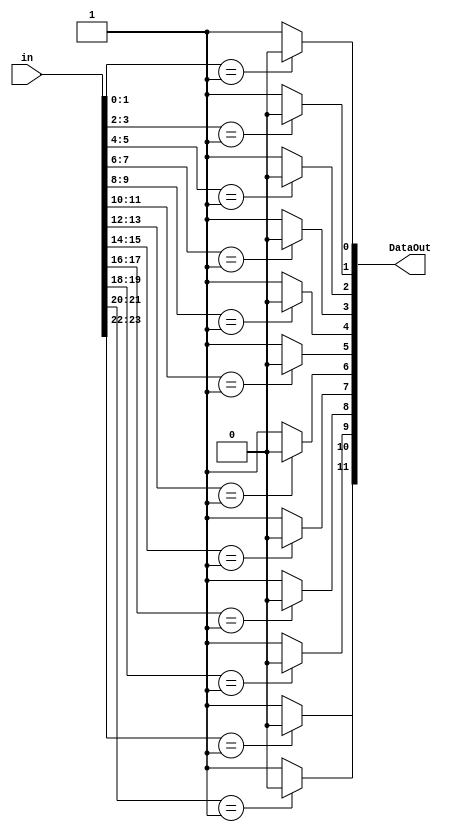
module BPSK_demod_text (in, DataOut);
parameter n=12; //default value is set for hamming, not BCH which needs 15 bits in
input [2*n-1:0] in;
output [n-1:0] DataOut;

wire out0, out1, out2, out3, out4, out5, out6, out7, out8, out9, out10, out11;
wire [15:0] max_size;


assign out0 = (0<= n) ? ((in[1:0] == 01) ? 0:1) : 00;
assign out1 = (1<= n) ? ((in[3:2] == 01) ? 0:1) : 00;
assign out2 = (2<= n) ? ((in[5:4] == 01) ? 0:1) : 00;
assign out3 = (3<= n) ? ((in[7:6] == 01) ? 0:1) : 00;
assign out4 = (4<= n) ? ((in[9:8] == 01) ? 0:1) : 00;
assign out5 = (5<= n) ? ((in[11:10] == 01) ? 0:1) : 00;
assign out6 = (6<= n) ? ((in[13:12] == 01) ? 0:1) : 00;
assign out7 = (7<= n) ? ((in[15:14] == 01) ? 0:1) : 00;
assign out8 = (8<= n) ? ((in[17:16] == 01) ? 0:1) : 00;
assign out9 = (9<= n) ? ((in[19:18] == 01) ? 0:1) : 00;
assign out10 = (10<= n) ? ((in[21:20] == 01) ? 0:1) : 00;
assign out11 = (11<= n) ? ((in[23:22] == 01) ? 0:1) : 00;

assign max_size = {out11, out10, out9, out8, out7, out6, out5, out4, out3, out2, out1, out0};

assign DataOut = max_size[n-1:0];

endmodule